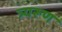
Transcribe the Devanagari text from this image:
त्र्यरूण